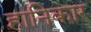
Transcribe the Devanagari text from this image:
हानिकार